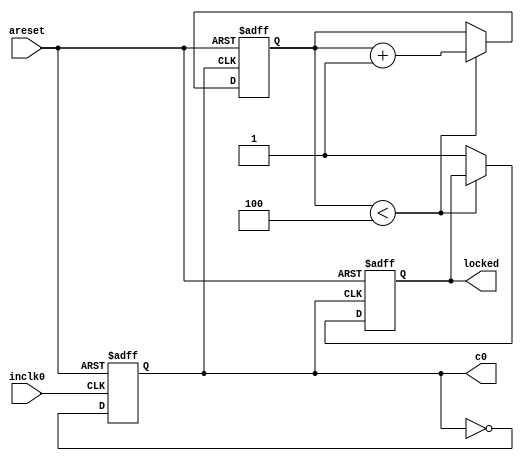
// megafunction wizard: %ALTPLL%
// GENERATION: STANDARD
// VERSION: WM1.0
// MODULE: altpll 

// ============================================================
// Megafunction Name(s):
// 			altpll
// ============================================================
// ************************************************************
// THIS IS A WIZARD-GENERATED FILE. DO NOT EDIT THIS FILE!
//
// 6.0 Internal Build 151 03/02/2006 TO Full Version
// ************************************************************


//Copyright (C) 1991-2006 Altera Corporation
//Your use of Altera Corporation's design tools, logic functions 
//and other software and tools, and its AMPP partner logic 
//functions, and any output files any of the foregoing 
//(including device programming or simulation files), and any 
//associated documentation or information are expressly subject 
//to the terms and conditions of the Altera Program License 
//Subscription Agreement, Altera MegaCore Function License 
//Agreement, or other applicable license agreement, including, 
//without limitation, that your use is for the sole purpose of 
//programming logic devices manufactured by Altera and sold by 
//Altera or its authorized distributors.  Please refer to the 
//applicable agreement for further details.


// synopsys translate_off
`timescale 1 ps / 1 ps
// synopsys translate_on
// module pll (
// 	areset,
// 	inclk0,
// 	c0,
// 	locked);

// 	input	  areset;
// 	input	  inclk0;
// 	output	  c0;
// 	output	  locked;

// 	wire [5:0] sub_wire0;
// 	wire  sub_wire2;
// 	wire [0:0] sub_wire5 = 1'h0;
// 	wire [0:0] sub_wire1 = sub_wire0[0:0];
// 	wire  c0 = sub_wire1;
// 	wire  locked = sub_wire2;
// 	wire  sub_wire3 = inclk0;
// 	wire [1:0] sub_wire4 = {sub_wire5, sub_wire3};

// 	altpll	altpll_component (
// 				.inclk (sub_wire4),
// 				.areset (areset),
// 				.clk (sub_wire0),
// 				.locked (sub_wire2),
// 				.activeclock (),
// 				.clkbad (),
// 				.clkena ({6{1'b1}}),
// 				.clkloss (),
// 				.clkswitch (1'b0),
// 				.enable0 (),
// 				.enable1 (),
// 				.extclk (),
// 				.extclkena ({4{1'b1}}),
// 				.fbin (1'b1),
// 				.pfdena (1'b1),
// 				.pllena (1'b1),
// 				.scanaclr (1'b0),
// 				.scanclk (1'b1),
// 				.scandata (1'b1),
// 				.scandataout (),
// 				.scandone (),
// 				.scanread (1'b0),
// 				.scanwrite (1'b0),
// 				.sclkout0 (),
// 				.sclkout1 ());
// 	defparam
// 		altpll_component.clk0_divide_by = 2,
// 		altpll_component.clk0_duty_cycle = 50,
// 		altpll_component.clk0_multiply_by = 3,
// 		altpll_component.clk0_phase_shift = "0",
// 		altpll_component.gate_lock_signal = "NO",
// 		altpll_component.inclk0_input_frequency = 10000,
// 		altpll_component.intended_device_family = "Cyclone II",
// 		altpll_component.invalid_lock_multiplier = 5,
// 		altpll_component.lpm_type = "altpll",
// 		altpll_component.operation_mode = "NO_COMPENSATION",
// 		altpll_component.pll_type = "FAST",
// 		altpll_component.port_activeclock = "PORT_UNUSED",
// 		altpll_component.port_areset = "PORT_USED",
// 		altpll_component.port_clkbad0 = "PORT_UNUSED",
// 		altpll_component.port_clkbad1 = "PORT_UNUSED",
// 		altpll_component.port_clkloss = "PORT_UNUSED",
// 		altpll_component.port_clkswitch = "PORT_UNUSED",
// 		altpll_component.port_fbin = "PORT_UNUSED",
// 		altpll_component.port_inclk0 = "PORT_USED",
// 		altpll_component.port_inclk1 = "PORT_UNUSED",
// 		altpll_component.port_locked = "PORT_USED",
// 		altpll_component.port_pfdena = "PORT_UNUSED",
// 		altpll_component.port_pllena = "PORT_UNUSED",
// 		altpll_component.port_scanaclr = "PORT_UNUSED",
// 		altpll_component.port_scanclk = "PORT_UNUSED",
// 		altpll_component.port_scandata = "PORT_UNUSED",
// 		altpll_component.port_scandataout = "PORT_UNUSED",
// 		altpll_component.port_scandone = "PORT_UNUSED",
// 		altpll_component.port_scanread = "PORT_UNUSED",
// 		altpll_component.port_scanwrite = "PORT_UNUSED",
// 		altpll_component.port_clk0 = "PORT_USED",
// 		altpll_component.port_clk1 = "PORT_UNUSED",
// 		altpll_component.port_clk2 = "PORT_UNUSED",
// 		altpll_component.port_clk3 = "PORT_UNUSED",
// 		altpll_component.port_clk4 = "PORT_UNUSED",
// 		altpll_component.port_clk5 = "PORT_UNUSED",
// 		altpll_component.port_clkena0 = "PORT_UNUSED",
// 		altpll_component.port_clkena1 = "PORT_UNUSED",
// 		altpll_component.port_clkena2 = "PORT_UNUSED",
// 		altpll_component.port_clkena3 = "PORT_UNUSED",
// 		altpll_component.port_clkena4 = "PORT_UNUSED",
// 		altpll_component.port_clkena5 = "PORT_UNUSED",
// 		altpll_component.port_enable0 = "PORT_UNUSED",
// 		altpll_component.port_enable1 = "PORT_UNUSED",
// 		altpll_component.port_extclk0 = "PORT_UNUSED",
// 		altpll_component.port_extclk1 = "PORT_UNUSED",
// 		altpll_component.port_extclk2 = "PORT_UNUSED",
// 		altpll_component.port_extclk3 = "PORT_UNUSED",
// 		altpll_component.port_extclkena0 = "PORT_UNUSED",
// 		altpll_component.port_extclkena1 = "PORT_UNUSED",
// 		altpll_component.port_extclkena2 = "PORT_UNUSED",
// 		altpll_component.port_extclkena3 = "PORT_UNUSED",
// 		altpll_component.port_sclkout0 = "PORT_UNUSED",
// 		altpll_component.port_sclkout1 = "PORT_UNUSED",
// 		altpll_component.valid_lock_multiplier = 1;


// endmodule
module pll (
    input wire areset,
    input wire inclk0,
    output wire c0,
    output reg locked
);

    reg [2:0] lock_counter;
    reg internal_clk;

    parameter LOCK_THRESHOLD = 3'd4;

    always @(posedge inclk0 or posedge areset) begin
        if (areset) begin
            internal_clk <= 0;
        end else begin
            internal_clk <= ~internal_clk;
        end
    end

    always @(posedge internal_clk or posedge areset) begin
        if (areset) begin
            lock_counter <= 0;
            locked <= 0;
        end else begin
            if (lock_counter < LOCK_THRESHOLD) begin
                lock_counter <= lock_counter + 1'd1;
            end else begin
                locked <= 1;
            end
        end
    end

    assign c0 = internal_clk;

endmodule

// ============================================================
// CNX file retrieval info
// ============================================================
// Retrieval info: PRIVATE: ACTIVECLK_CHECK STRING "0"
// Retrieval info: PRIVATE: BANDWIDTH STRING "1.000"
// Retrieval info: PRIVATE: BANDWIDTH_FEATURE_ENABLED STRING "0"
// Retrieval info: PRIVATE: BANDWIDTH_FREQ_UNIT STRING "MHz"
// Retrieval info: PRIVATE: BANDWIDTH_PRESET STRING "Low"
// Retrieval info: PRIVATE: BANDWIDTH_USE_AUTO STRING "1"
// Retrieval info: PRIVATE: BANDWIDTH_USE_CUSTOM STRING "0"
// Retrieval info: PRIVATE: BANDWIDTH_USE_PRESET STRING "0"
// Retrieval info: PRIVATE: CLKBAD_SWITCHOVER_CHECK STRING "0"
// Retrieval info: PRIVATE: CLKLOSS_CHECK STRING "0"
// Retrieval info: PRIVATE: CLKSWITCH_CHECK STRING "1"
// Retrieval info: PRIVATE: CNX_NO_COMPENSATE_RADIO STRING "1"
// Retrieval info: PRIVATE: CREATE_CLKBAD_CHECK STRING "0"
// Retrieval info: PRIVATE: CREATE_INCLK1_CHECK STRING "0"
// Retrieval info: PRIVATE: CUR_DEDICATED_CLK STRING "c0"
// Retrieval info: PRIVATE: CUR_FBIN_CLK STRING "c2"
// Retrieval info: PRIVATE: DEVICE_SPEED_GRADE STRING "6"
// Retrieval info: PRIVATE: DEV_FAMILY STRING "Cyclone II"
// Retrieval info: PRIVATE: DIV_FACTOR0 NUMERIC "1"
// Retrieval info: PRIVATE: DUTY_CYCLE0 STRING "50.00000000"
// Retrieval info: PRIVATE: EXT_FEEDBACK_RADIO STRING "0"
// Retrieval info: PRIVATE: GLOCKED_COUNTER_EDIT_CHANGED STRING "1"
// Retrieval info: PRIVATE: GLOCKED_FEATURE_ENABLED STRING "1"
// Retrieval info: PRIVATE: GLOCKED_MODE_CHECK STRING "0"
// Retrieval info: PRIVATE: GLOCK_COUNTER_EDIT NUMERIC "1048575"
// Retrieval info: PRIVATE: HAS_MANUAL_SWITCHOVER STRING "1"
// Retrieval info: PRIVATE: INCLK0_FREQ_EDIT STRING "100.000"
// Retrieval info: PRIVATE: INCLK0_FREQ_UNIT_COMBO STRING "MHz"
// Retrieval info: PRIVATE: INCLK1_FREQ_EDIT STRING "100.000"
// Retrieval info: PRIVATE: INCLK1_FREQ_EDIT_CHANGED STRING "1"
// Retrieval info: PRIVATE: INCLK1_FREQ_UNIT_CHANGED STRING "1"
// Retrieval info: PRIVATE: INCLK1_FREQ_UNIT_COMBO STRING "MHz"
// Retrieval info: PRIVATE: INT_FEEDBACK__MODE_RADIO STRING "1"
// Retrieval info: PRIVATE: LOCKED_OUTPUT_CHECK STRING "1"
// Retrieval info: PRIVATE: LONG_SCAN_RADIO STRING "1"
// Retrieval info: PRIVATE: LVDS_MODE_DATA_RATE STRING "Not Available"
// Retrieval info: PRIVATE: LVDS_MODE_DATA_RATE_DIRTY NUMERIC "0"
// Retrieval info: PRIVATE: LVDS_PHASE_SHIFT_UNIT0 STRING "ps"
// Retrieval info: PRIVATE: MIRROR_CLK0 STRING "0"
// Retrieval info: PRIVATE: MULT_FACTOR0 NUMERIC "1"
// Retrieval info: PRIVATE: NORMAL_MODE_RADIO STRING "0"
// Retrieval info: PRIVATE: OUTPUT_FREQ0 STRING "150.00000000"
// Retrieval info: PRIVATE: OUTPUT_FREQ_MODE0 STRING "1"
// Retrieval info: PRIVATE: OUTPUT_FREQ_UNIT0 STRING "MHz"
// Retrieval info: PRIVATE: PHASE_SHIFT0 STRING "0.00000000"
// Retrieval info: PRIVATE: PHASE_SHIFT_UNIT0 STRING "ps"
// Retrieval info: PRIVATE: PLL_ADVANCED_PARAM_CHECK STRING "0"
// Retrieval info: PRIVATE: PLL_ARESET_CHECK STRING "1"
// Retrieval info: PRIVATE: PLL_AUTOPLL_CHECK NUMERIC "1"
// Retrieval info: PRIVATE: PLL_ENA_CHECK STRING "0"
// Retrieval info: PRIVATE: PLL_ENHPLL_CHECK NUMERIC "0"
// Retrieval info: PRIVATE: PLL_FASTPLL_CHECK NUMERIC "0"
// Retrieval info: PRIVATE: PLL_LVDS_PLL_CHECK NUMERIC "0"
// Retrieval info: PRIVATE: PLL_PFDENA_CHECK STRING "0"
// Retrieval info: PRIVATE: PLL_TARGET_HARCOPY_CHECK NUMERIC "0"
// Retrieval info: PRIVATE: PRIMARY_CLK_COMBO STRING "inclk0"
// Retrieval info: PRIVATE: SACN_INPUTS_CHECK STRING "0"
// Retrieval info: PRIVATE: SCAN_FEATURE_ENABLED STRING "0"
// Retrieval info: PRIVATE: SHORT_SCAN_RADIO STRING "0"
// Retrieval info: PRIVATE: SPREAD_FEATURE_ENABLED STRING "0"
// Retrieval info: PRIVATE: SPREAD_FREQ STRING "50.000"
// Retrieval info: PRIVATE: SPREAD_FREQ_UNIT STRING "KHz"
// Retrieval info: PRIVATE: SPREAD_PERCENT STRING "0.500"
// Retrieval info: PRIVATE: SPREAD_USE STRING "0"
// Retrieval info: PRIVATE: SRC_SYNCH_COMP_RADIO STRING "0"
// Retrieval info: PRIVATE: STICKY_CLK0 STRING "1"
// Retrieval info: PRIVATE: SWITCHOVER_COUNT_EDIT NUMERIC "1"
// Retrieval info: PRIVATE: SWITCHOVER_FEATURE_ENABLED STRING "1"
// Retrieval info: PRIVATE: USE_CLK0 STRING "1"
// Retrieval info: PRIVATE: USE_CLKENA0 STRING "0"
// Retrieval info: PRIVATE: ZERO_DELAY_RADIO STRING "0"
// Retrieval info: LIBRARY: altera_mf altera_mf.altera_mf_components.all
// Retrieval info: CONSTANT: CLK0_DIVIDE_BY NUMERIC "2"
// Retrieval info: CONSTANT: CLK0_DUTY_CYCLE NUMERIC "50"
// Retrieval info: CONSTANT: CLK0_MULTIPLY_BY NUMERIC "3"
// Retrieval info: CONSTANT: CLK0_PHASE_SHIFT STRING "0"
// Retrieval info: CONSTANT: GATE_LOCK_SIGNAL STRING "NO"
// Retrieval info: CONSTANT: INCLK0_INPUT_FREQUENCY NUMERIC "10000"
// Retrieval info: CONSTANT: INTENDED_DEVICE_FAMILY STRING "Cyclone II"
// Retrieval info: CONSTANT: INVALID_LOCK_MULTIPLIER NUMERIC "5"
// Retrieval info: CONSTANT: LPM_TYPE STRING "altpll"
// Retrieval info: CONSTANT: OPERATION_MODE STRING "NO_COMPENSATION"
// Retrieval info: CONSTANT: PLL_TYPE STRING "FAST"
// Retrieval info: CONSTANT: PORT_ACTIVECLOCK STRING "PORT_UNUSED"
// Retrieval info: CONSTANT: PORT_ARESET STRING "PORT_USED"
// Retrieval info: CONSTANT: PORT_CLKBAD0 STRING "PORT_UNUSED"
// Retrieval info: CONSTANT: PORT_CLKBAD1 STRING "PORT_UNUSED"
// Retrieval info: CONSTANT: PORT_CLKLOSS STRING "PORT_UNUSED"
// Retrieval info: CONSTANT: PORT_CLKSWITCH STRING "PORT_UNUSED"
// Retrieval info: CONSTANT: PORT_FBIN STRING "PORT_UNUSED"
// Retrieval info: CONSTANT: PORT_INCLK0 STRING "PORT_USED"
// Retrieval info: CONSTANT: PORT_INCLK1 STRING "PORT_UNUSED"
// Retrieval info: CONSTANT: PORT_LOCKED STRING "PORT_USED"
// Retrieval info: CONSTANT: PORT_PFDENA STRING "PORT_UNUSED"
// Retrieval info: CONSTANT: PORT_PLLENA STRING "PORT_UNUSED"
// Retrieval info: CONSTANT: PORT_SCANACLR STRING "PORT_UNUSED"
// Retrieval info: CONSTANT: PORT_SCANCLK STRING "PORT_UNUSED"
// Retrieval info: CONSTANT: PORT_SCANDATA STRING "PORT_UNUSED"
// Retrieval info: CONSTANT: PORT_SCANDATAOUT STRING "PORT_UNUSED"
// Retrieval info: CONSTANT: PORT_SCANDONE STRING "PORT_UNUSED"
// Retrieval info: CONSTANT: PORT_SCANREAD STRING "PORT_UNUSED"
// Retrieval info: CONSTANT: PORT_SCANWRITE STRING "PORT_UNUSED"
// Retrieval info: CONSTANT: PORT_clk0 STRING "PORT_USED"
// Retrieval info: CONSTANT: PORT_clk1 STRING "PORT_UNUSED"
// Retrieval info: CONSTANT: PORT_clk2 STRING "PORT_UNUSED"
// Retrieval info: CONSTANT: PORT_clk3 STRING "PORT_UNUSED"
// Retrieval info: CONSTANT: PORT_clk4 STRING "PORT_UNUSED"
// Retrieval info: CONSTANT: PORT_clk5 STRING "PORT_UNUSED"
// Retrieval info: CONSTANT: PORT_clkena0 STRING "PORT_UNUSED"
// Retrieval info: CONSTANT: PORT_clkena1 STRING "PORT_UNUSED"
// Retrieval info: CONSTANT: PORT_clkena2 STRING "PORT_UNUSED"
// Retrieval info: CONSTANT: PORT_clkena3 STRING "PORT_UNUSED"
// Retrieval info: CONSTANT: PORT_clkena4 STRING "PORT_UNUSED"
// Retrieval info: CONSTANT: PORT_clkena5 STRING "PORT_UNUSED"
// Retrieval info: CONSTANT: PORT_enable0 STRING "PORT_UNUSED"
// Retrieval info: CONSTANT: PORT_enable1 STRING "PORT_UNUSED"
// Retrieval info: CONSTANT: PORT_extclk0 STRING "PORT_UNUSED"
// Retrieval info: CONSTANT: PORT_extclk1 STRING "PORT_UNUSED"
// Retrieval info: CONSTANT: PORT_extclk2 STRING "PORT_UNUSED"
// Retrieval info: CONSTANT: PORT_extclk3 STRING "PORT_UNUSED"
// Retrieval info: CONSTANT: PORT_extclkena0 STRING "PORT_UNUSED"
// Retrieval info: CONSTANT: PORT_extclkena1 STRING "PORT_UNUSED"
// Retrieval info: CONSTANT: PORT_extclkena2 STRING "PORT_UNUSED"
// Retrieval info: CONSTANT: PORT_extclkena3 STRING "PORT_UNUSED"
// Retrieval info: CONSTANT: PORT_sclkout0 STRING "PORT_UNUSED"
// Retrieval info: CONSTANT: PORT_sclkout1 STRING "PORT_UNUSED"
// Retrieval info: CONSTANT: VALID_LOCK_MULTIPLIER NUMERIC "1"
// Retrieval info: USED_PORT: @clk 0 0 6 0 OUTPUT VCC "@clk[5..0]"
// Retrieval info: USED_PORT: @extclk 0 0 4 0 OUTPUT VCC "@extclk[3..0]"
// Retrieval info: USED_PORT: areset 0 0 0 0 INPUT GND "areset"
// Retrieval info: USED_PORT: c0 0 0 0 0 OUTPUT VCC "c0"
// Retrieval info: USED_PORT: inclk0 0 0 0 0 INPUT GND "inclk0"
// Retrieval info: USED_PORT: locked 0 0 0 0 OUTPUT GND "locked"
// Retrieval info: CONNECT: locked 0 0 0 0 @locked 0 0 0 0
// Retrieval info: CONNECT: @inclk 0 0 1 0 inclk0 0 0 0 0
// Retrieval info: CONNECT: c0 0 0 0 0 @clk 0 0 1 0
// Retrieval info: CONNECT: @inclk 0 0 1 1 GND 0 0 0 0
// Retrieval info: CONNECT: @areset 0 0 0 0 areset 0 0 0 0
// Retrieval info: GEN_FILE: TYPE_NORMAL pll.v TRUE FALSE
// Retrieval info: GEN_FILE: TYPE_NORMAL pll.ppf TRUE FALSE
// Retrieval info: GEN_FILE: TYPE_NORMAL pll.inc FALSE FALSE
// Retrieval info: GEN_FILE: TYPE_NORMAL pll.cmp FALSE FALSE
// Retrieval info: GEN_FILE: TYPE_NORMAL pll.bsf FALSE FALSE
// Retrieval info: GEN_FILE: TYPE_NORMAL pll_inst.v FALSE FALSE
// Retrieval info: GEN_FILE: TYPE_NORMAL pll_bb.v FALSE FALSE
// Retrieval info: GEN_FILE: TYPE_NORMAL pll_waveforms.html FALSE FALSE
// Retrieval info: GEN_FILE: TYPE_NORMAL pll_wave*.jpg FALSE FALSE